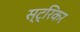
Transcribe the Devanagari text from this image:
स्ट्रिकर